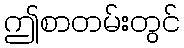
ဤစာတမ်းတွင်